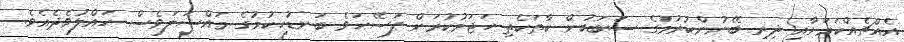
އެއްޗެއްކަމަށާއި ދިރި ބޭނުންކުރުމުގެ ސަބަބުން ކާތަކެތި ހަޖަމުކުރަން ފަސޭހަވެ ބަނޑުހިކުމުގެ މައްސަލަވެސް ހައްލުވެދެއެވެ.